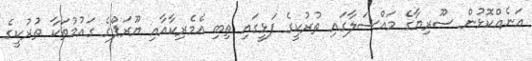
އަނެއްކޮޅުން ސޫރިޔާގެ މައްސަލާގައި ތުރުކީގެ ފަޅީގައި ތިބި އެމެރިކާއާއި ޔޫރަޕްގެ ގައުމުތަކާ ތުރުކީގެ